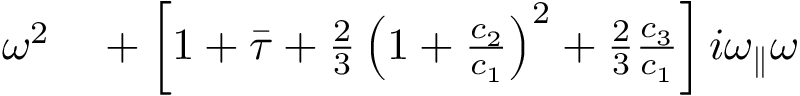
\begin{array} { r l } { \omega ^ { 2 } } & { { } + \left[ 1 + \bar { \tau } + \frac { 2 } { 3 } \left( 1 + \frac { c _ { 2 } } { c _ { 1 } } \right) ^ { 2 } + \frac { 2 } { 3 } \frac { c _ { 3 } } { c _ { 1 } } \right] i { \omega _ { \parallel } } \omega } \end{array}